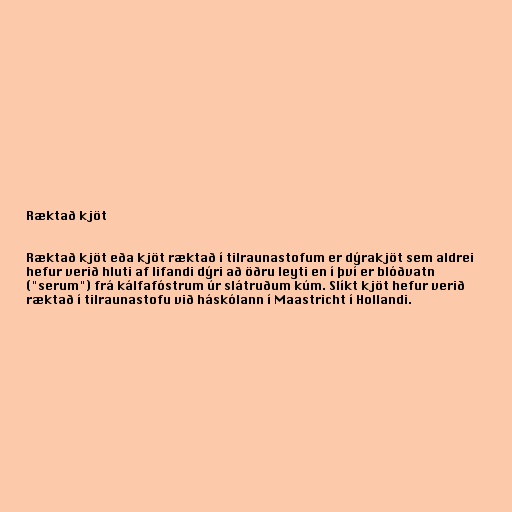
Ræktað kjöt

Ræktað kjöt eða kjöt ræktað í tilraunastofum er dýrakjöt sem aldrei
hefur verið hluti af lifandi dýri að öðru leyti en í því er blóðvatn
("serum") frá kálfafóstrum úr slátruðum kúm. Slíkt kjöt hefur verið
ræktað í tilraunastofu við háskólann í Maastricht í Hollandi.